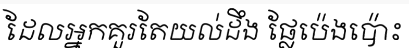
ដែលអ្នកគួរតែយល់ដឹង ផ្លែប៉េងប៉ោះ